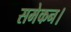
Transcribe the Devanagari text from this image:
समेकन।